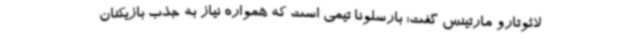
لائوتارو مارتینس گفت: بارسلونا تیمی است که همواره نیاز به جذب بازیکنان